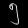
Digit: ၅